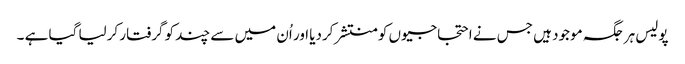
پولیس ہر جگہ موجود ہیں جس نے احتجاجیوں کو منتشر کردیا اور اُن میں سے چند کو گرفتار کرلیا گیا ہے ۔